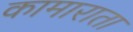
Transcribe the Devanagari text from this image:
कामाराता